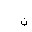
Letter: _non